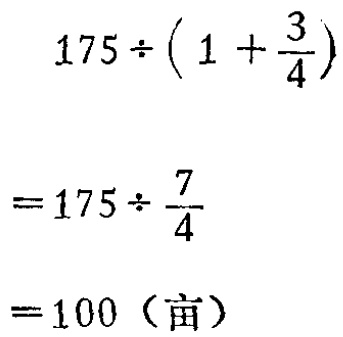
\[

\begin{align*}

&175\div(1 + \frac{3}{4})\\

=&175\div\frac{7}{4}\\

=&100（亩）

\end{align*}

\]